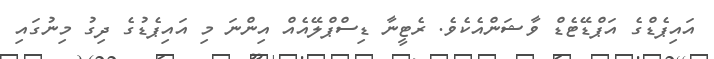
އައިޕެޑްގެ އަޕްޑޭޓެޑް ވާޝަންއެކެވެ. ރެޓީނާ ޑިސްޕްލޭއެއް އިންނަ މި އައިޕެޑުގެ ދިގު މިނުގައި